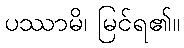
ပဿာမိ၊ မြင်ရ၏။